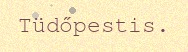
Tüdőpestis.